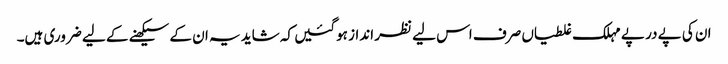
ان کی پے در پے مہلک غلطیاں صرف اس لیے نظر انداز ہوگئیں کہ شاید یہ ان کے سیکھنے کے لیے ضروری ہیں۔